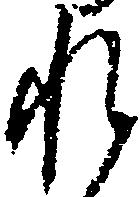
れ